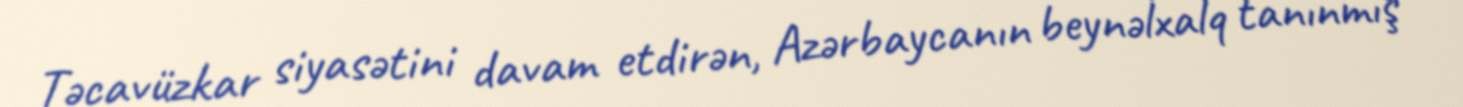
Təcavüzkar siyasətini davam etdirən, Azərbaycanın beynəlxalq tanınmış